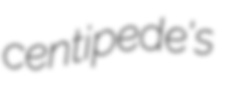
centipede's